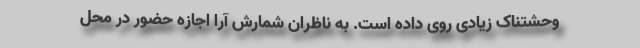
وحشتناک زیادی روی داده است. به ناظران شمارش آرا اجازه حضور در محل